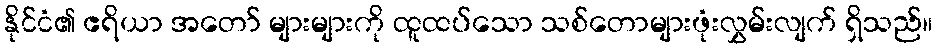
နိုင်ငံ၏ ဧရိယာ အတော် များများကို ထူထပ်သော သစ်တောများဖုံးလွှမ်းလျက် ရှိသည်။